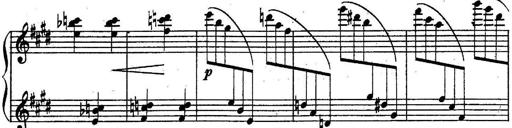
Title: Sonatine
Composer: Adrian Shaposhnikov
Key: E minor